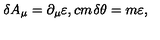
\delta A _ { \mu } = \partial _ { \mu } \varepsilon , \makebox [ 1 c m ] { } \delta \theta = m \varepsilon ,